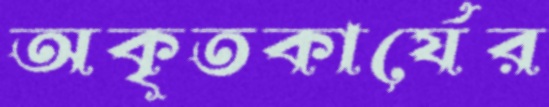
অকৃতকার্যের